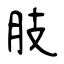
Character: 肢